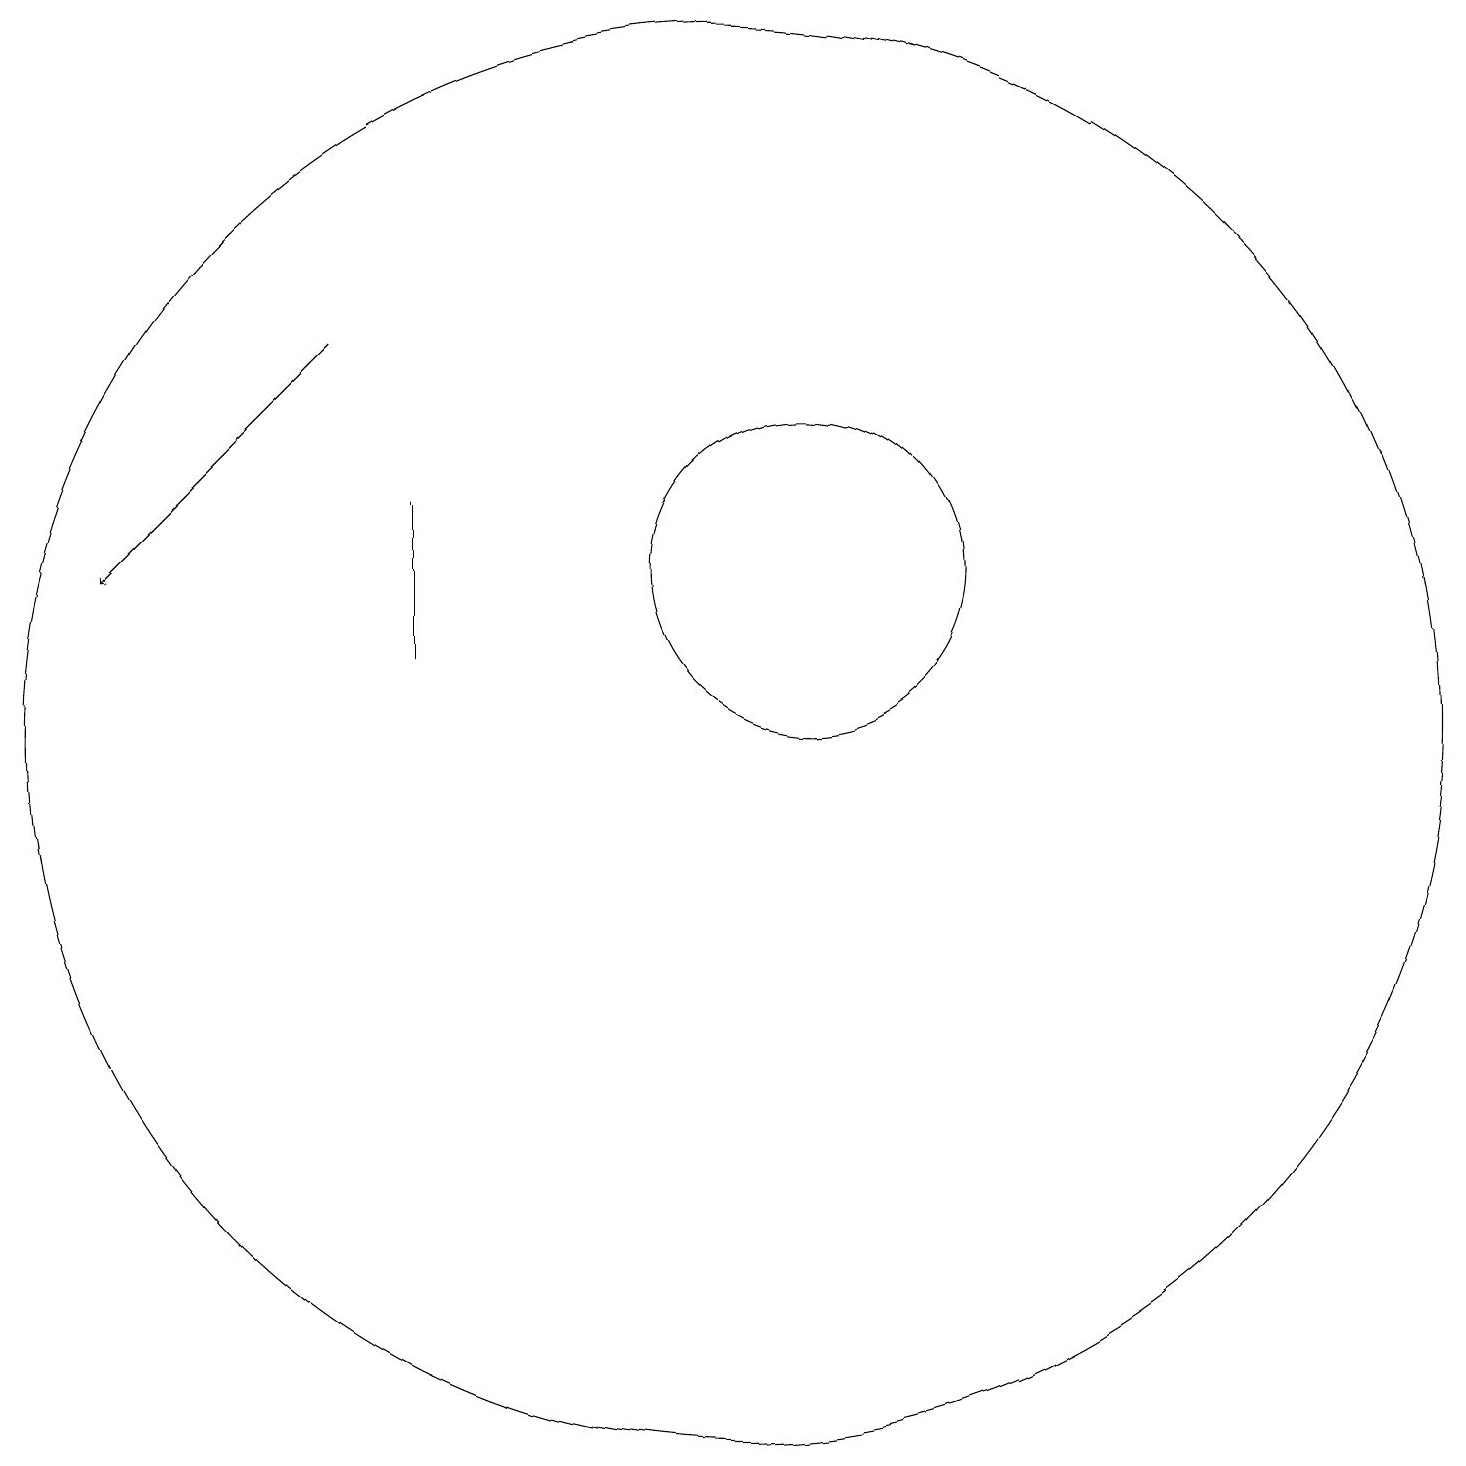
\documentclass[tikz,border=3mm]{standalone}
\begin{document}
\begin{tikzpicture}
\draw (11,10) circle (9);
\draw (12,12) circle (2);
\draw[->] (6,15) -- (3,12);
\draw (7,13) rectangle (7,11);
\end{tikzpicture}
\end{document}